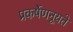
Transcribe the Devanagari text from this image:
प्रकर्षेणनूयते